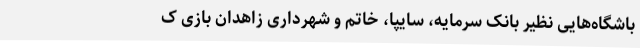
باشگاه‌هایی نظیر بانک سرمایه، سایپا، خاتم و شهرداری زاهدان بازی ک